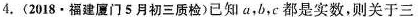
4.(2018·福建厦门5月初三质检)已知a，b，c都是实数，则关于三